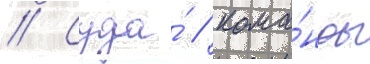
// Суда́ / кома́нды